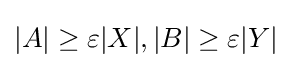
|A|\geq \varepsilon |X|,|B|\geq \varepsilon |Y|